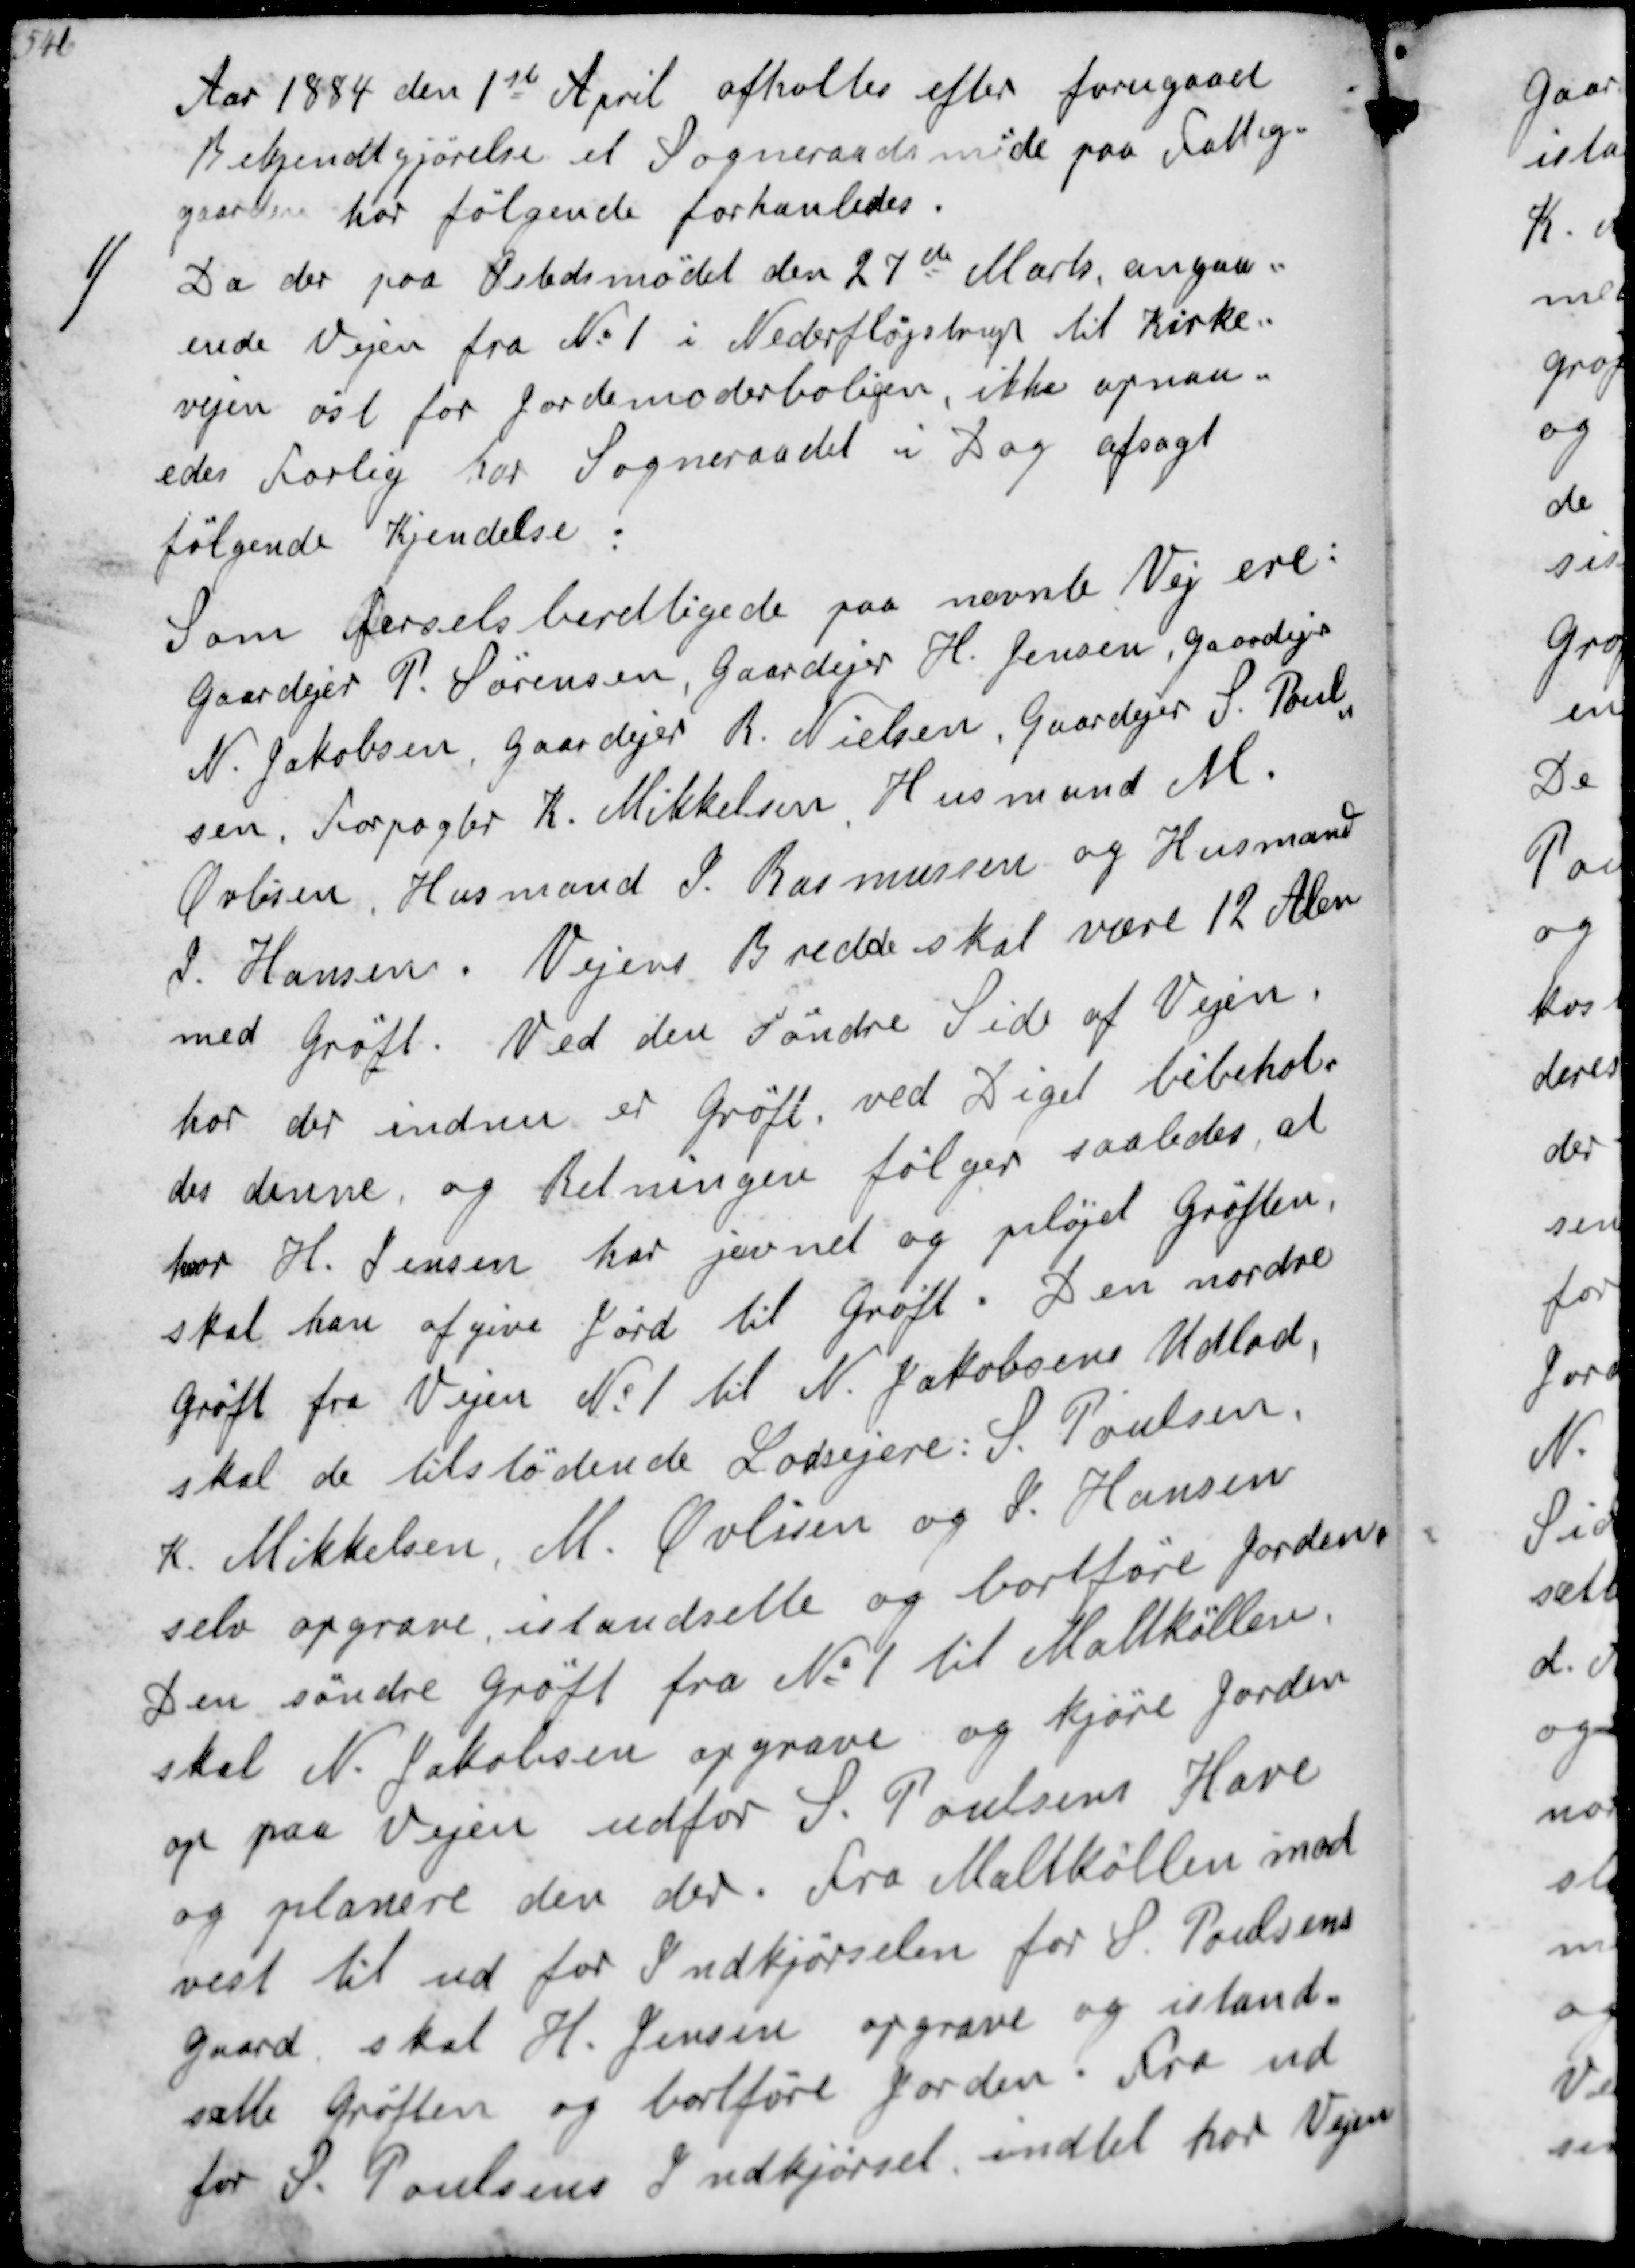
Transskription:
Aar 1884 den 1st April afholtes efter forugaaet
Bekendtgørelse et Sogneråadsmøde paa Fattig-
gaarden hor følgende forhanledes
1/
Da der paa Astedsmødet den 27de Marts angaa-
ende Vejen fra No 1 i Nederfløjstrup til Kirke-
vejen øst for Jordemoderboligen, ikke opnaa-
edes Forlig har Sogneraadet i Dag afsagt
følgende Kjendelse:
Som ferselsberettigede paa nævnte Vej er
Gaardejer P. Sørensen Gaardejer H. Jensen, Gaardejer
N. Jakobsen Gaardejer R. Nielsen Gaardejer S. Poul-
sen. Forpagter K. Mikkelsen Husmand M
Øvlisen Husmand P. Rasmussen og Husmand
S. Hansen. Vejens Bredde skal være 12 Alen
med Grøft. Ved den Søndre Side af Vejen
hor der endnu er Grøft, ved Diget bibehol-
der denne, og Retningen følger saaledes at
hor H.Jensen har jevnet og pløjet Grøften.
skal han afgive Jord til Grøft. Den nordre
Grøft fra Vejen No 1 til N. Jacobsens Udlod,
skal de tilstødende Lodsejere: S. Poulsen
K. Mikkelsen M. Øvlisen og S. Hansen
selv opgrave istandsette og bortføre Jorden
Den søndre Grøft fra No 1 til Maltkøllen.
skal N. Jakobsen opgrave og kjøre Jorden
op paa Vejen udfor P. Poulsens Have
og planere den der Fra Maltkøllen mod
vest til ud for Indkjørselen for S. Poulsens
Gaard skal H.Jensen opgrave og istand-
sætte Grøften og bortføre jorden Fra ud
for P. Poulsens Indkjørsel indtil hor Vejen